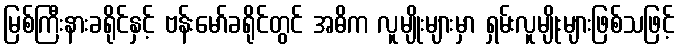
မြစ်ကြီးနားခရိုင်နှင့် ဗန်းမော်ခရိုင်တွင် အဓိက လူမျိုးများမှာ ရှမ်းလူမျိုးများဖြစ်သဖြင့်